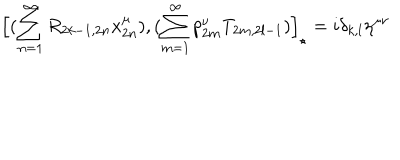
LaTeX: \Big [ ( \sum _ { n = 1 } ^ { \infty } R _ { 2 k - 1 , 2 n } x _ { 2 n } ^ { \mu } ) , ( \sum _ { m = 1 } ^ { \infty } p _ { 2 m } ^ { \nu } T _ { 2 m , 2 l - 1 } ) \Big ] _ { \star } = i \delta _ { k , l } \eta ^ { \mu \nu }